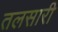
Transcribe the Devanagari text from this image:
तलसारी